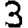
Digit: 3